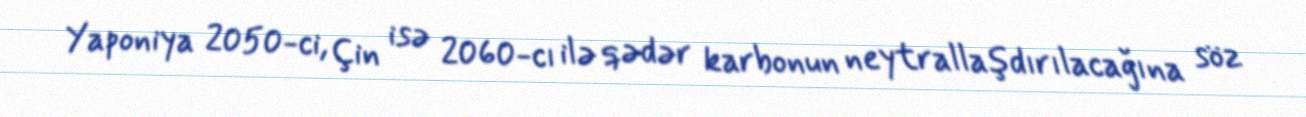
Yaponiya 2050-ci, Çin isə 2060-cı ilə qədər karbonun neytrallaşdırılacağına söz